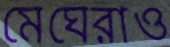
মেঘেরাও